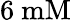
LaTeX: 6~\mathrm{mM}